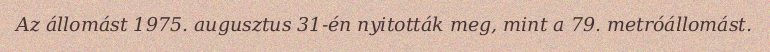
Az állomást 1975. augusztus 31-én nyitották meg, mint a 79. metróállomást.